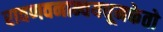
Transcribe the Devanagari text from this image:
रावणवनान्वयधूमकेतो